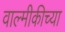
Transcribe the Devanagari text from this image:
वाल्मीकीच्या